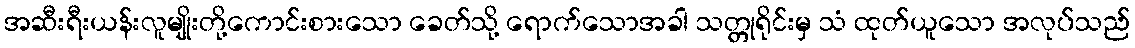
အဆီးရီးယန်းလူမျိုးတို့ကောင်းစားသော ခေတ်သို့ ရောက်သောအခါ သတ္တုရိုင်းမှ သံ ထုတ်ယူသော အလုပ်သည်